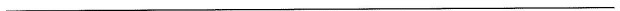
___